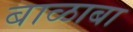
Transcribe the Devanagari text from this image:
बाळाबा